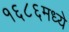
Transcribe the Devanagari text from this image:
१६८६मध्ये